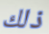
ذلك